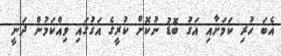
އެބަ ހުރި ކަމަށާއި އަގު ބޮޑު ނުކޮށް ކުރީގެ އަގުގައި ވިއްކަމުން ދަނީ